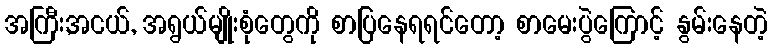
အကြီး,အငယ်, အရွယ်မျိုးစုံတွေကို စာပြနေရရင်တော့ စာမေးပွဲကြောင့် နွမ်းနေတဲ့